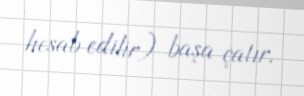
hesab edilir) başa çatır.